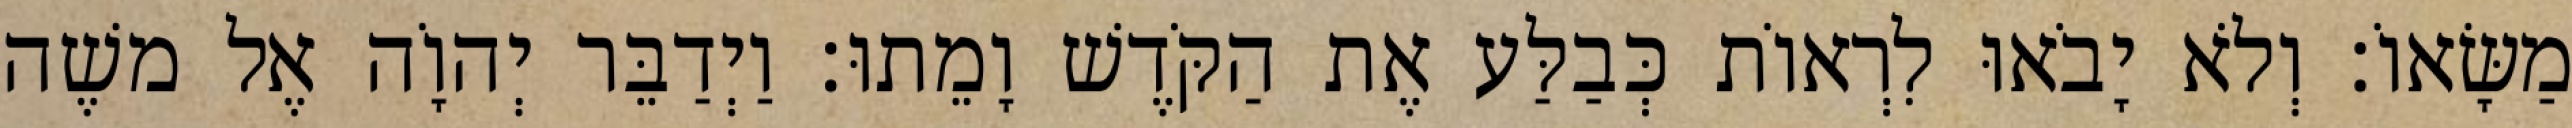
מַשָּׂאוֹ׃ וְלֹא יָבֹאוּ לִרְאוֹת כְּבַלַּע אֶת הַקֹּדֶשׁ וָמֵתוּ׃ וַיְדַבֵּר יְהוָֹה אֶל משֶׁה